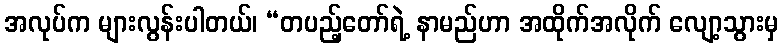
အလုပ်က များလွန်းပါတယ်၊ “တပည့်တော်ရဲ့ နာမည်ဟာ အထိုက်အလိုက် လျော့သွားမှ